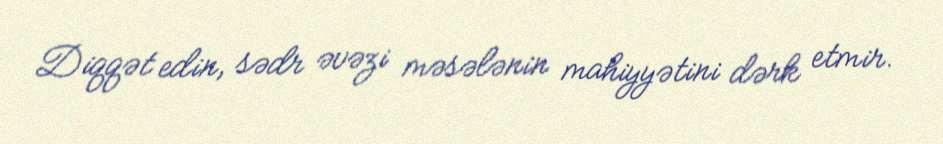
Diqqət edin, sədr əvəzi məsələnin mahiyyətini dərk etmir.